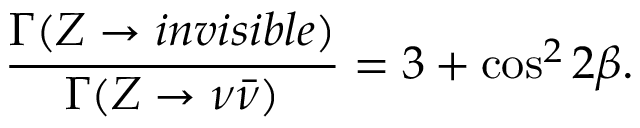
\frac { \Gamma ( Z \to i n v i s i b l e ) } { \Gamma ( Z \to \nu \bar { \nu } ) } = 3 + \cos ^ { 2 } { 2 \beta } .